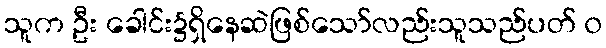
သူက ဦး ခေါင်း၌ရှိနေဆဲဖြစ်သော်လည်းသူသည်ပတ် ၀